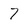
Character: 7